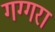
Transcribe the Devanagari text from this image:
गग्गरा